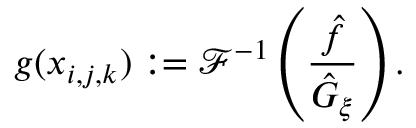
g ( \boldsymbol x _ { i , j , k } ) : = \mathcal { F } ^ { - 1 } \left( \frac { \hat { f } } { \hat { G } _ { \xi } } \right) .